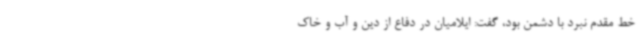
خط مقدم نبرد با دشمن بود، گفت: ایلامیان در دفاع از دین و آب و خاک